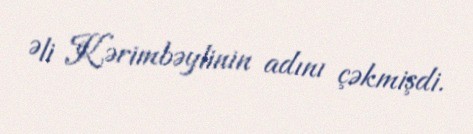
Əli Kərimbəylinin adını çəkmişdi.